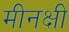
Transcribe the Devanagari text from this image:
मीनक्षी